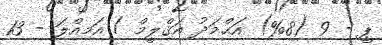
ޕީ - 9 (8%) އަޙްމަދު އަޤްލީމް / އަމިއްލަ - 13